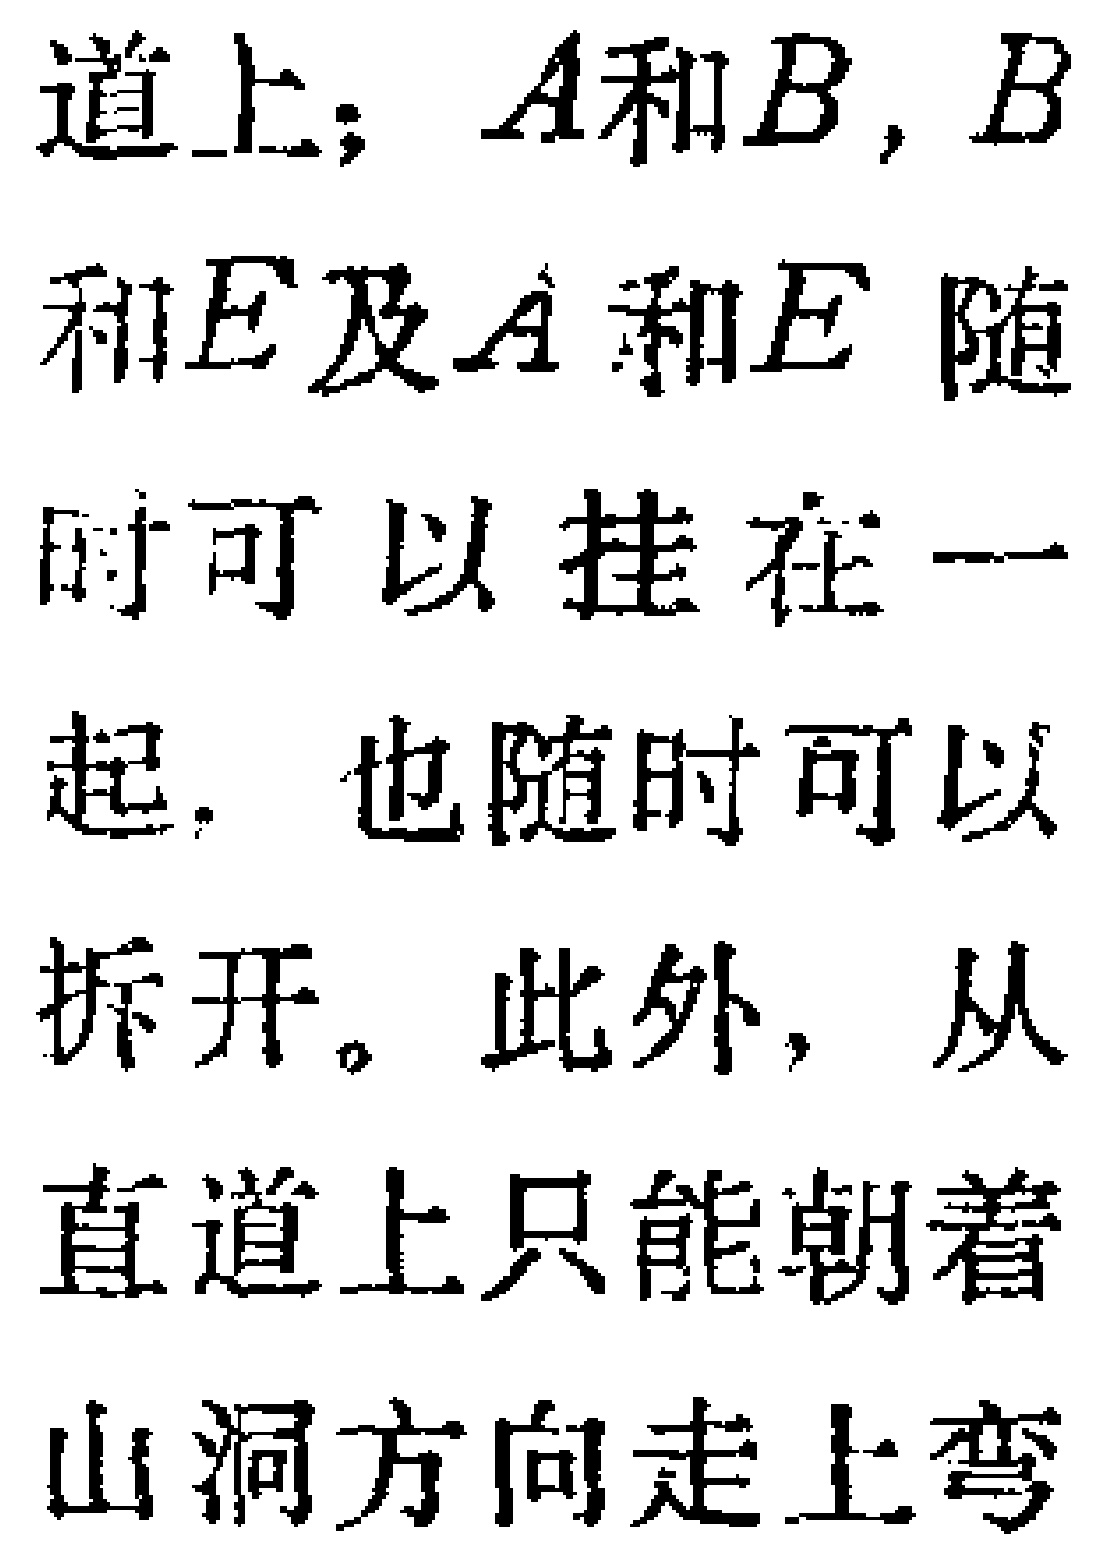
道上；$A$和$B$，$B$和$E$及$A$和$E$随时可以挂在一起，也随时可以拆开。此外，从直道上只能朝着山洞方向走上弯